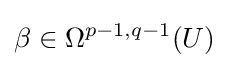
\beta \in \Omega ^{p-1,q-1}(U)